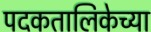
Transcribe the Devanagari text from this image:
पदकतालिकेच्या